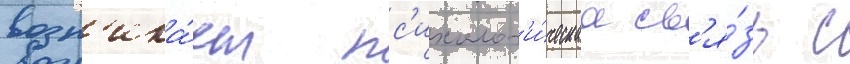
возн'ика́ет пс'ихолог'и́ческаа св'я́зь с